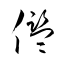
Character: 儖